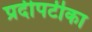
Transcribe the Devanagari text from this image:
प्रदीपटीका